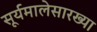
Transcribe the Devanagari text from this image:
सूर्यमालेसारख्या